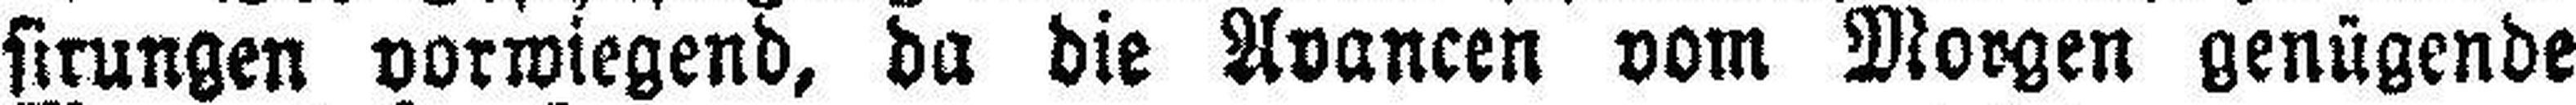
sirungen vorwiegend, da die Avancen vom Morgen genügende